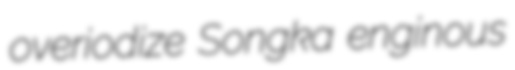
overiodize Songka enginous